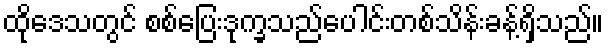
ထိုဒေသတွင် စစ်ပြေးဒုက္ခသည်ပေါင်းတစ်သိန်းခန့်ရှိသည်။